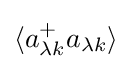
\langle a_{\lambda k}^{+}a_{\lambda k}\rangle